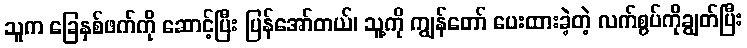
သူက ခြေနှစ်ဖက်ကို ဆောင့်ပြီး ပြန်အော်တယ်၊ သူ့ကို ကျွန်တော် ပေးထားခဲ့တဲ့ လက်စွပ်ကိုချွတ်ပြီး